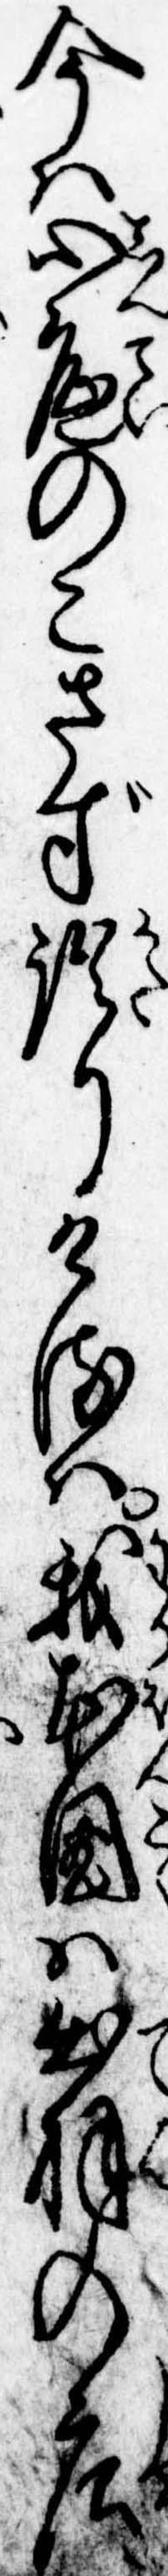
今は心底のこさず語りけるは我本国は出羽の荘